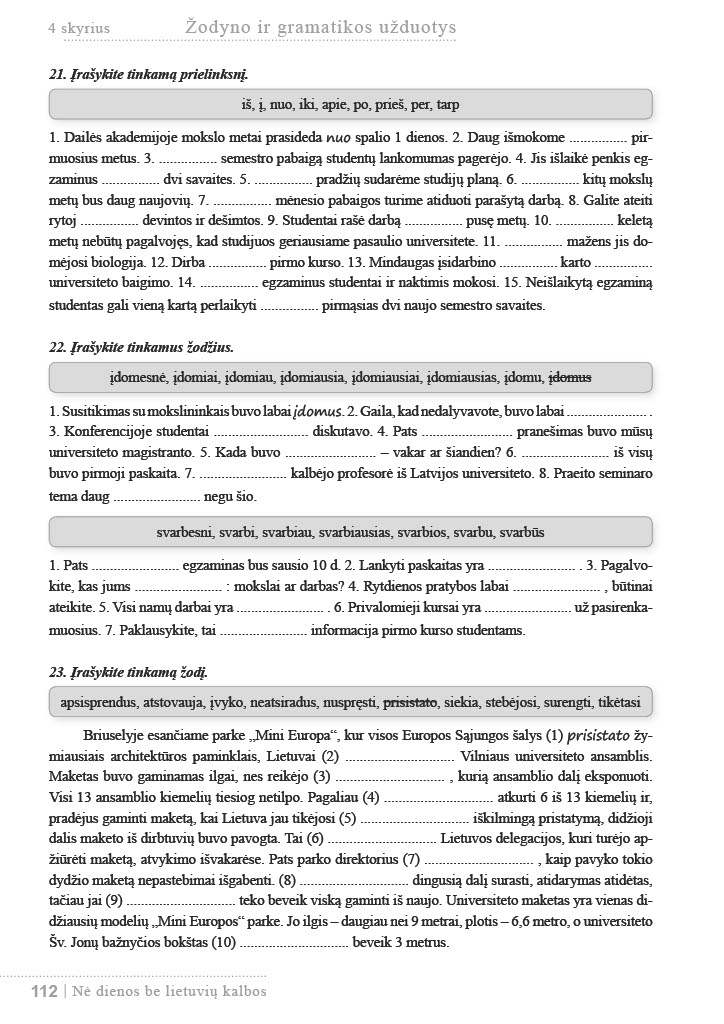
Language: lt